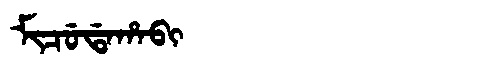
Manchu: ᠮᡳᠴᡠᡩᠠᡥᠠᠪᡳ
Romanization: MICUDAHABI